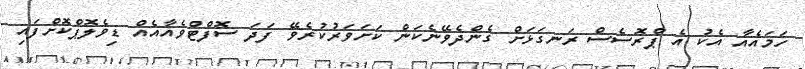
ހަމައެއާ އެކު އެ ޕްރޮސެސް ރަނގަޅަށް ގެންދެވޭނެކަން ކަށަވަރުކުރެވޭ ފަދަ ސޮފްޓްވެއާއެއް ޑިވެލޮޕްކޮށްފައި